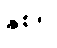
နှစ်ရှိ